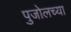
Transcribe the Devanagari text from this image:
पुजोलच्या